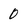
Character: 0